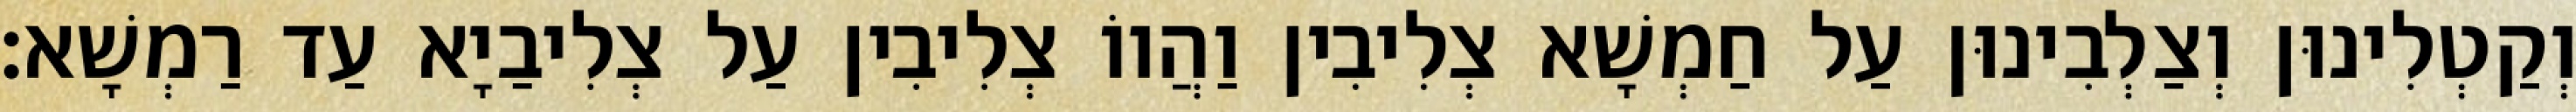
וְקַטְלִינוּן וְצַלְבִינוּן עַל חַמְשָׁא צְלִיבִין וַהֲווֹ צְלִיבִין עַל צְלִיבַיָא עַד רַמְשָׁא׃